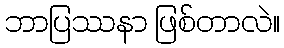
ဘာပြဿနာ ဖြစ်တာလဲ။